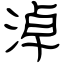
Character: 淖